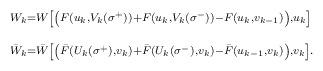
LaTeX: \begin{align*}\begin{array}{l}^{W_k=W\left[ \left( F(u_k,V_k(\sigma ^{+}))+F(u_k,V_k(\sigma^{-}))-F(u_k,v_{k-1})\right) ,u_k\right] }\\_{\bar W_k=\bar W\left[ \left( \bar F(U_k(\sigma ^{+}),v_k)+\bar F(U_k(\sigma^{-}),v_k)-\bar F(u_{k-1},v_k)\right) ,v_k\right] .}\end{array}\end{align*}